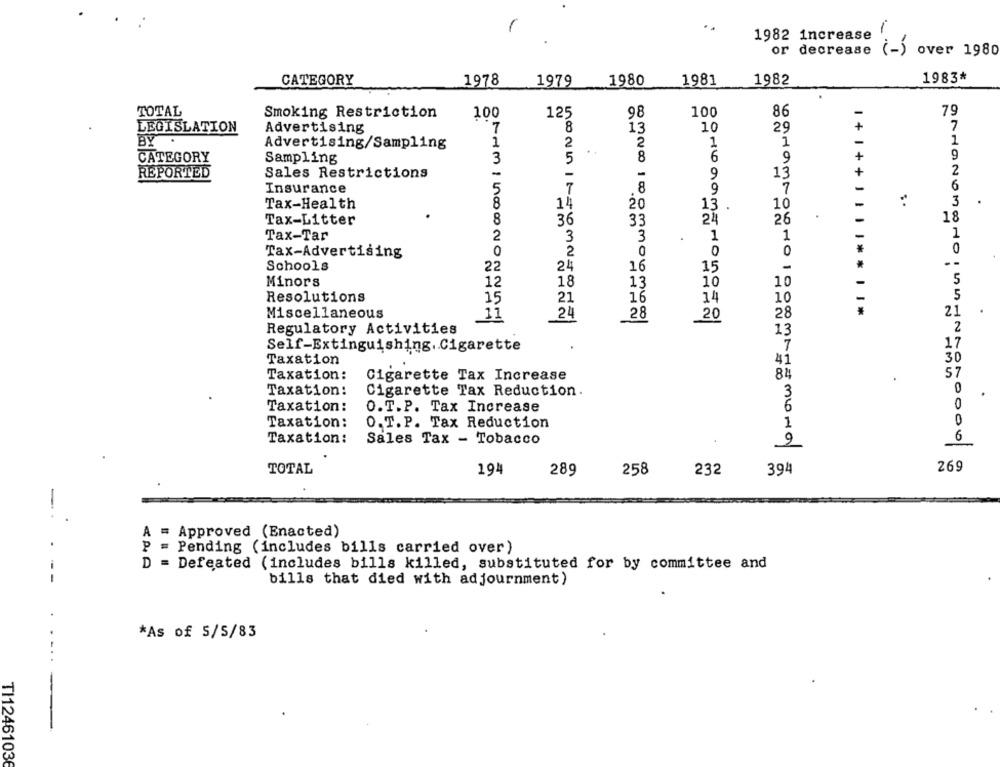
..
-
1982 increase
or decrease
over 1980
CATEGORY
1978
1979
1980
1981
1982
1983*
TOTAL
Smoking Restriction
100
125
98
100
86
79
LEGISLATION
Advertising
7
8
13
10
29
7
BY.
Advertising/Sampling
1
2
2
1
1
1
CATEGORY
Sampling
3
5
8
6
9
+
9
REPORTED
Sales Restrictions
-
-
9
13
+
2
-
Insurance
8
9
7
-
6
Tax-Health
8
14
20
13
10
-
3
Tax-Litter
8
36
33
26
18
Tax-Tar
2
3
1
1
1
3
Tax-Advertising
0
2
0
0
0
0
Schools
22
24
16
15
1+ 1++ 1 | | | **
Minors
12
18
13
10
10
5
Resolutions
15
21
16
14
5
Miscellaneous
11
24
28
21
20
28
Regulatory Activities
2
13
17
Self-Extinguishing. Cigarette
Taxation
30
41
Taxation:
84
57
Cigarette Tax Increase
Taxation:
Cigarette Tax Reduction.
0
Taxation:
0
O.T.P. Tax Increase
Taxation:
O. T.P. Tax Reduction
1
6
Taxation:
Sales Tax - Tobacco
9
269
TOTAL
194
289
258
232
394
-
A = Approved (Enacted)
P = Pending (includes bills carried over)
= Defeated (includes bills killed, substituted for by committee and
--
bills that died with adjournment)
*As of 5/5/83
TI12461036